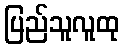
ပြည်သူလူထု